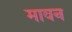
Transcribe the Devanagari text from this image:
मावन